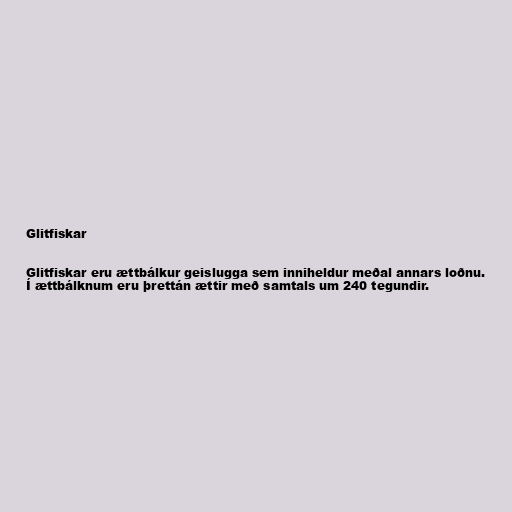
Glitfiskar

Glitfiskar eru ættbálkur geislugga sem inniheldur meðal annars loðnu.
Í ættbálknum eru þrettán ættir með samtals um 240 tegundir.